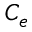
C _ { e }